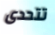
تتحدى